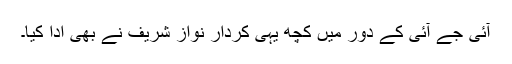
آئی جے آئی کے دور میں کچھ یہی کردار نواز شریف نے بھی ادا کیا۔